Document type: Grant
Year: 1310
Scribe: [Unknown]
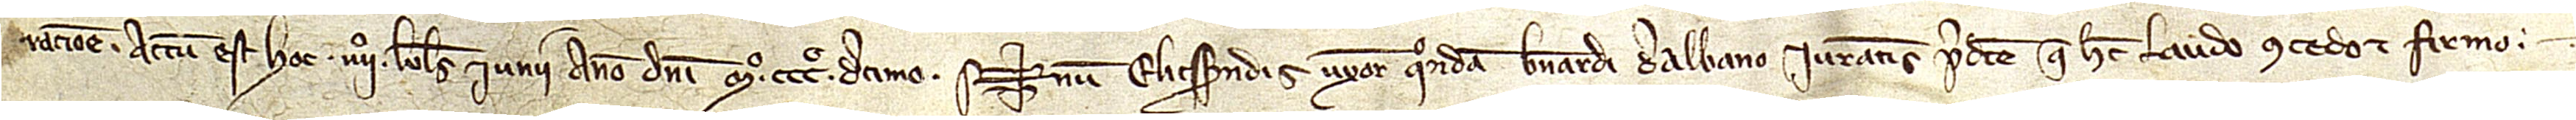
racione. Actum est hoc IIIIº kalendas iunii, anno Domini Mº CCCº decimo.  Sig+num Elicsendis, uxoris quondam Bernardi de Albano, iurantis predicte, que hec laudo, concedo et firmo.